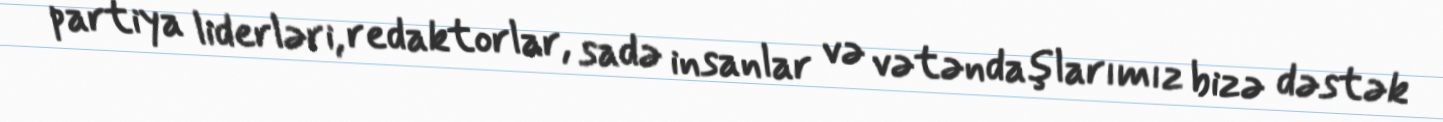
partiya liderləri, redaktorlar, sadə insanlar və vətəndaşlarımız bizə dəstək